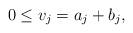
LaTeX: \begin{align*}0\leq v_j = a_j + b_j,\end{align*}